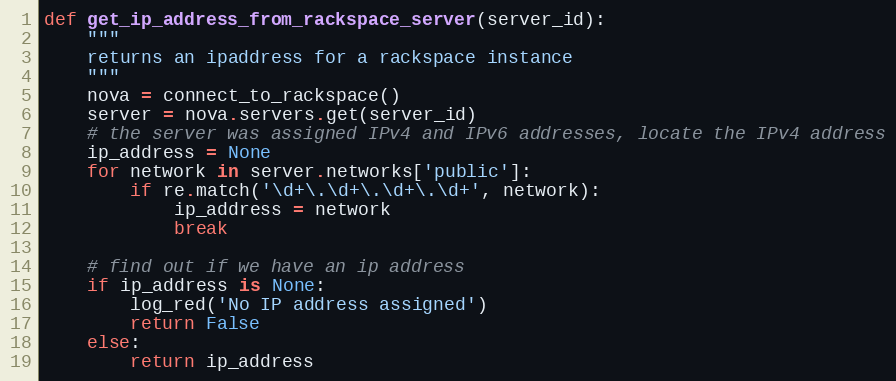
Language: Python
def get_ip_address_from_rackspace_server(server_id):
    """
    returns an ipaddress for a rackspace instance
    """
    nova = connect_to_rackspace()
    server = nova.servers.get(server_id)
    # the server was assigned IPv4 and IPv6 addresses, locate the IPv4 address
    ip_address = None
    for network in server.networks['public']:
        if re.match('\d+\.\d+\.\d+\.\d+', network):
            ip_address = network
            break

    # find out if we have an ip address
    if ip_address is None:
        log_red('No IP address assigned')
        return False
    else:
        return ip_address